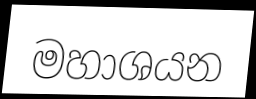
මහාශයන